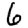
Digit: 6